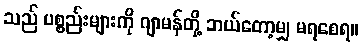
သည် ပစ္စည်းများကို ဂျာမန်တို့ ဘယ်တော့မျှ မရစေရ။